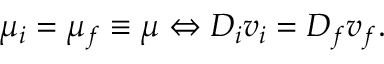
\mu _ { i } = \mu _ { f } \equiv \mu \Leftrightarrow D _ { i } v _ { i } = D _ { f } v _ { f } .